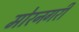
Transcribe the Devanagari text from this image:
मोरनगरी